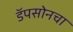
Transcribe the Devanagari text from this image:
डॅपसोनचा